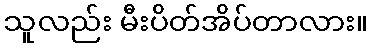
သူလည်း မီးပိတ်အိပ်တာလား။